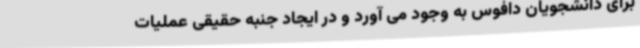
برای دانشجویان دافوس به وجود می آورد و در ایجاد جنبه حقیقی عملیات